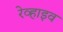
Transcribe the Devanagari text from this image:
रेव्हाइव